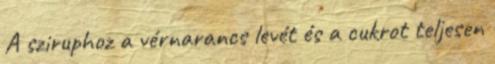
A sziruphoz a vérnarancs levét és a cukrot teljesen